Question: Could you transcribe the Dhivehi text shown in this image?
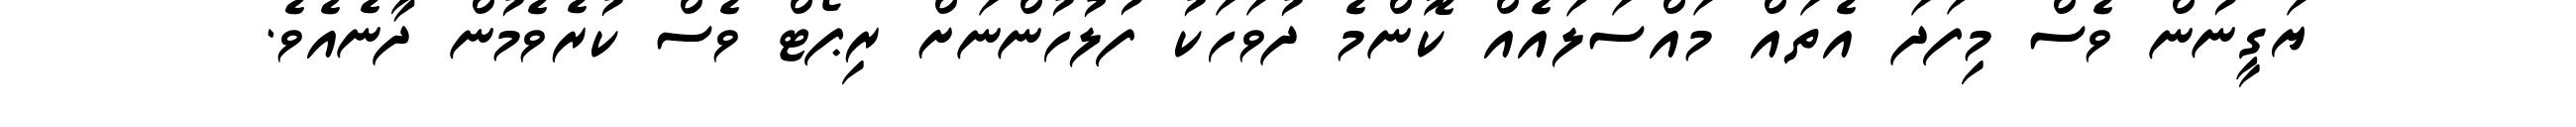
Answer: ޔަގީނުން ވެސް މިފަދަ އެތައް މައްސަލައެއް ކޮންމެ ދުވަހަކު ފުލުހުންނަށް ރިޕޯޓް ވެސް ކުރެވެމުން ދާނެއެވެ.